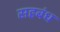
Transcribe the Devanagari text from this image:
सहबंध